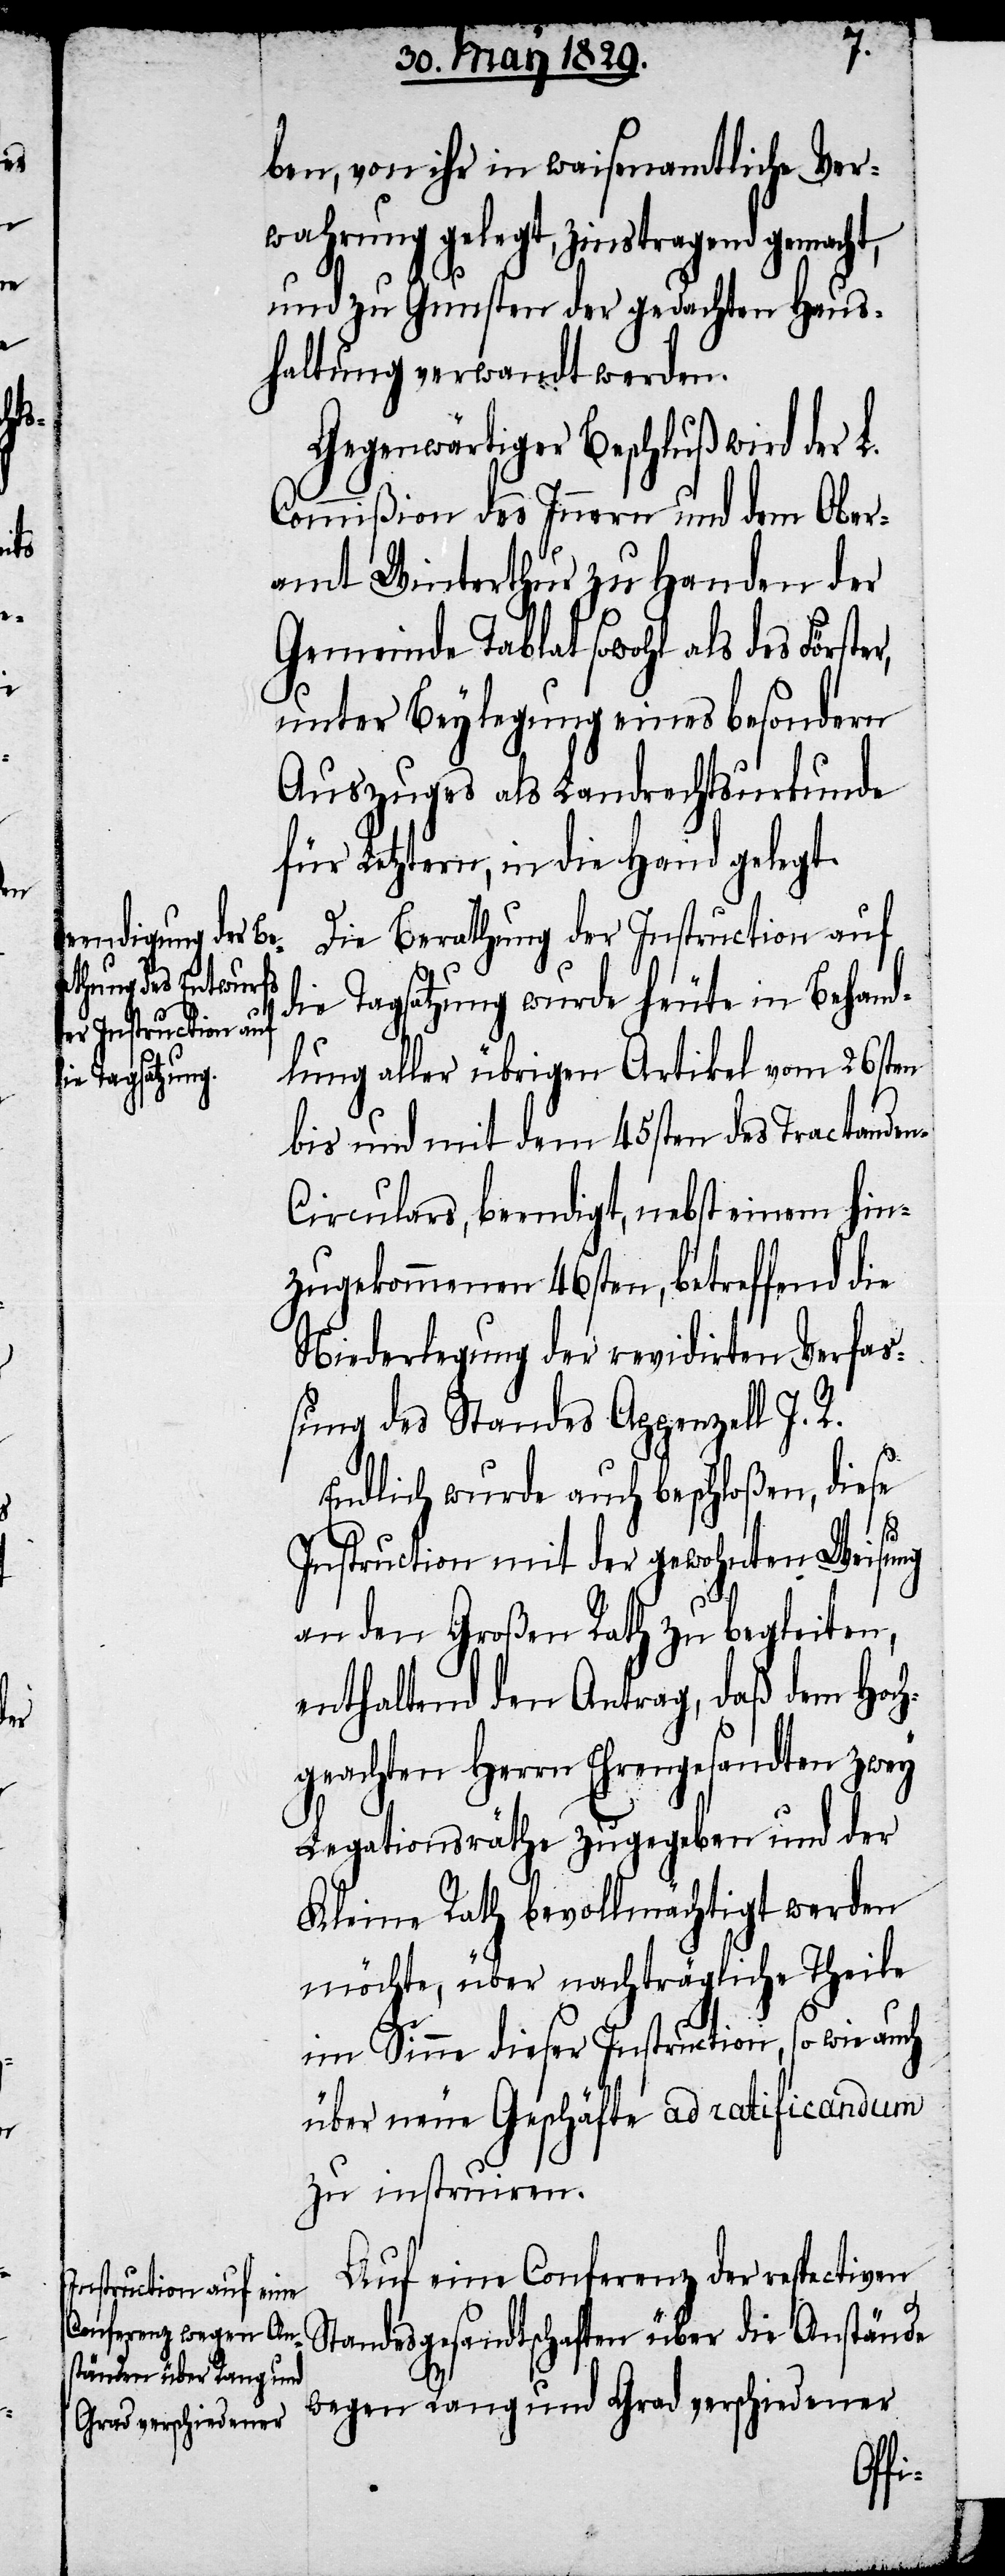
ben, von ihr in waisenamtliche Ver¬
wahrung gelegt, zinstragend gemacht,
und zu Gunsten der gedachten Haus¬
haltung verwandt werden.
Gegenwärtiger Beschluß wird der L.
Commißion des Innern und dem Ober¬
amt Winterthur zu Handen der
Gemeinde Tablat sowohl als des
unter Beylegung eines besondern
Auszuges als Landrechtsurkunde
für Letztern, in die Hand gelegt.
Die Berathung der Instruction auf
die Tagsatzung wurde heute in Behand¬
lung aller übrigen Artikel vom 26sten
bis und mit dem 45sten des Tractende¬
n-Circulares, beendigt, nebst einem hin¬
zugekommenen 46sten, betreffend die
Niederlegung der revidirten Verfaß¬
ung des Standes Appenzell I.
Endlich wurde auch beschloßen, diese
Instruction mit der gewohnten Weisung
an den Großen Rath zu begleiten,
enthaltend den Antrag, daß dem Hoch¬
geachten Herrn Ehrengesandten zwey
Legationsräthe zugegeben und der
Kleine Rath bevollmächtigt werden
möchte, über nachträgliche Theile
im Sinne dieser Instruction, so wie auch
über neue Geschäfte ad ratificandum
zu instruiren.
Auf eine Conferenz der respectiven
Standesgesandtschaften über die Anstände
wegen Rang und Grad verschiedener